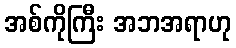
အစ်ကိုကြီး အဘအရာဟု